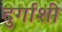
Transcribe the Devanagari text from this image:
दुर्गाशी